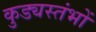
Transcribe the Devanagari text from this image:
कुड्यस्तंभों